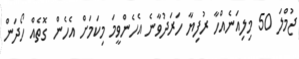
ޖުމްލަ 50 މިލިއަނެއްހާ ރުފިޔާ ހަރަދުވާނެ އެހެންވީމަ މިކަމަށް އެހެން ގޮތެއް ހޯދަން